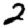
Digit: 2